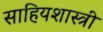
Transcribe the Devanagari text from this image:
साहियशास्त्री